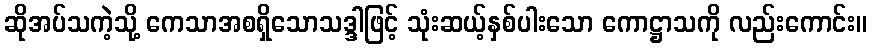
ဆိုအပ်သကဲ့သို့ ကေသာအစရှိသောသဒ္ဒါဖြင့် သုံးဆယ့်နှစ်ပါးသော ကောဋ္ဌာသကို လည်းကောင်း။